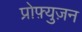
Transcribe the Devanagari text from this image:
प्रोफ़्युज़न